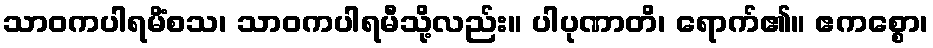
သာဝကပါရမိံစသ၊ သာဝကပါရမီသို့လည်း။ ပါပုဏာတိ၊ ရောက်၏။ ဧကစ္စော၊